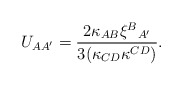
\begin{align*}U_{AA'}={}&\frac{2 \kappa_{AB} \xi^{B}{}_{A'}}{3 (\kappa_{CD} \kappa^{CD})}.\end{align*}